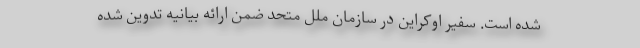
شده است. سفیر اوکراین در سازمان ملل متحد ضمن ارائه بیانیه تدوین شده